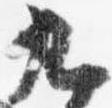
九